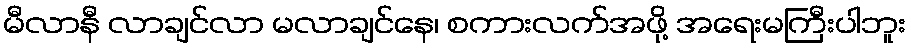
မီလာနီ လာချင်လာ မလာချင်နေ၊ စကားလက်အဖို့ အရေးမကြီးပါဘူး